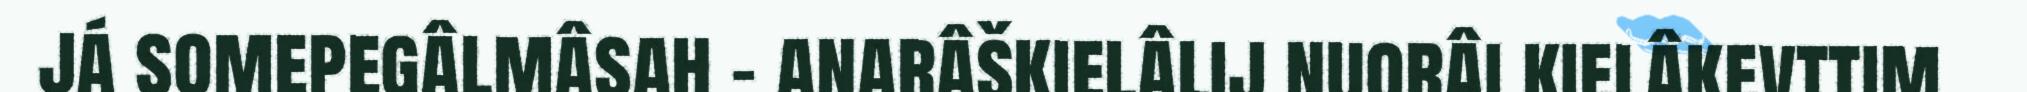
já somepegâlmâsah – anarâškielâlij nuorâi kielâkevttim